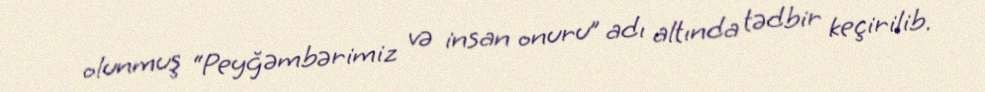
olunmuş “Peyğəmbərimiz və insan onuru” adı altında tədbir keçirilib.